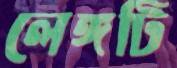
লেঙ্গটি